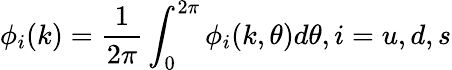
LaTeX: \phi_{i}(k)=\frac{1}{2\pi}\int_{0}^{2\pi}\phi_{i}(k,\theta)d\theta,i=u,d,s